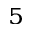
^ 5